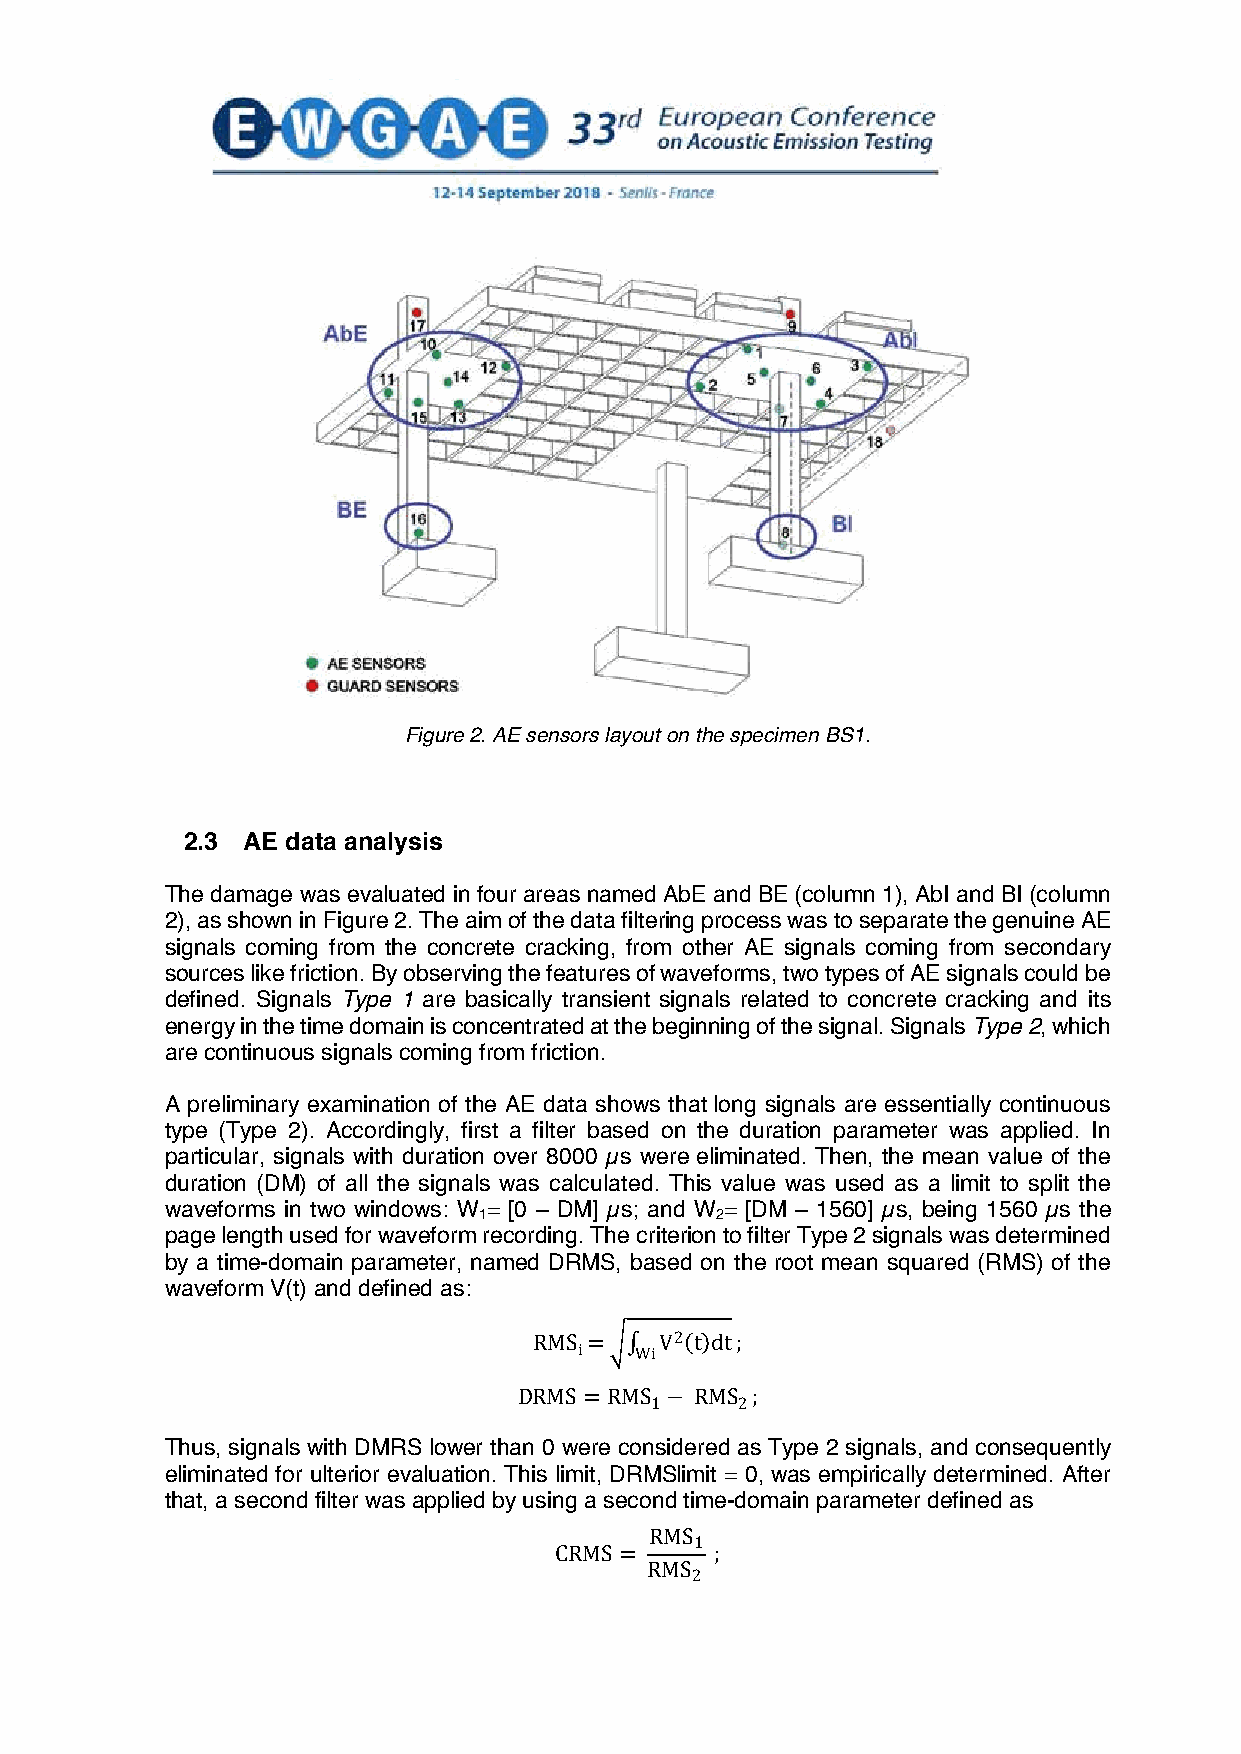
Figure 2. AE sensors layout on the specimen BS1.
 2.3 AE data analysis
 The damage was evaluated in four areas named AbE and BE (column 1), AbI and BI (column
 2), as shown in Figure 2. The aim of the data filtering process was to separate the genuine AE
 signals coming from the concrete cracking, from other AE signals coming from secondary
 sources like friction. By observing the features of waveforms, two types of AE signals could be
 defined. Signals Type 1 are basically transient signals related to concrete cracking and its
 energy in the time domain is concentrated at the beginning of the signal. Signals Type 2, which
 are continuous signals coming from friction.
 A preliminary examination of the AE data shows that long signals are essentially continuous
 type (Type 2). Accordingly, first a filter based on the duration parameter was applied. In
 particular, signals with duration over 8000 µs were eliminated. Then, the mean value of the
 duration (DM) of all the signals was calculated. This value was used as a limit to split the
 waveforms in two windows: W = [0 – DM] µs; and W = [DM – 1560] µs, being 1560 µs the
 1              2
 page length used for waveform recording. The criterion to filter Type 2 signals was determined
 by a time-domain parameter, named DRMS, based on the root mean squared (RMS) of the
 waveform V(t) and defined as:
 2
 RMSi = WiV tdt ;
 Thus, signals with DMRS lower thaDnR 0M wSe=reR cMoSn1 s−ide RreMdS a2 s; Type 2 signals, and consequently
 eliminated for ulterior evaluation. This limit, DRMSlimit = 0, was empirically determined. After
 that, a second filter was applied by using a second time-domain parameter defined as
 RMS1
 CRMS=     ;
 RMS2
 3